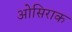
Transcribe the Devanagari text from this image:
ओसिराक